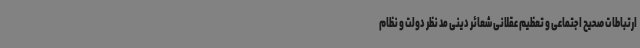
ارتباطات صحیح اجتماعی و تعظیم عقلانی شعائر دینی مد نظر دولت و نظام